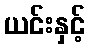
ယင်းနှင့်